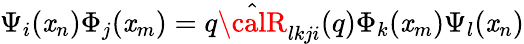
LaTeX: \Psi_{i}(\mathit{x}_{n})\Phi_{j}(\mathit{x}_{m})=q\hat{{{\calR}}}_{lkji}(q)\Phi_{k}(\mathit{x}_{m})\Psi_{l}(\mathit{x}_{n})